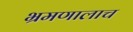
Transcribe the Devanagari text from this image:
भ्रमणालाच